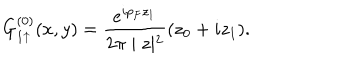
G _ { 1 \uparrow } ^ { ( 0 ) } ( x , y ) = \frac { e ^ { i p _ { F } z _ { 1 } } } { 2 \pi \mid z \mid ^ { 2 } } ( z _ { 0 } + i z _ { 1 } ) .